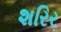
શરિર